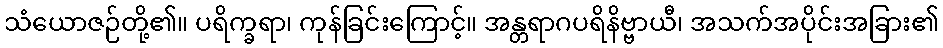
သံယောဇဉ်တို့၏။ ပရိက္ခရာ၊ ကုန်ခြင်းကြောင့်။ အန္တရာဂပရိနိဗ္ဗာယီ၊ အသက်အပိုင်းအခြား၏